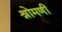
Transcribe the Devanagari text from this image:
श्रोमणी